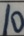
1 0